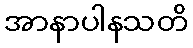
အာနာပါနသတိ